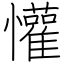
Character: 懽